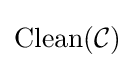
\mathrm {Clean} ({\mathcal {C}})